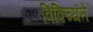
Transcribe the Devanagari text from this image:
विविच्यंते